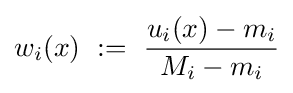
w_{i}(x)\ :=\ {\frac {u_{i}(x)-m_{i}}{M_{i}-m_{i}}}